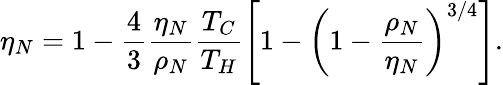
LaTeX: \eta_{N}=1-\frac{4}{3}\frac{\eta_{N}}{\rho_{N}}\frac{T_{C}}{T_{H}}\left[1-\left(1-\frac{\rho_{N}}{\eta_{N}}\right)^{3/4}\right].